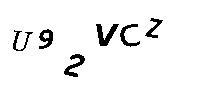
U92VCZ